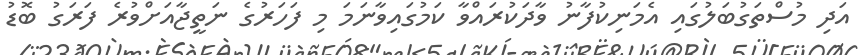
އަދި މުސްތަގުބަލުގައި އެމަނިކުފާނު ވާދަކުރައްވާ ކަމުގައިވާނަމަ މި ފަހަރުގެ ނަތީޖާއަށްވުރެ ފަރަގު ބޮޑު